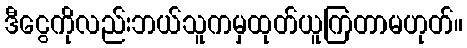
ဒီငွေကိုလည်းဘယ်သူကမှထုတ်ယူကြတာမဟုတ်။